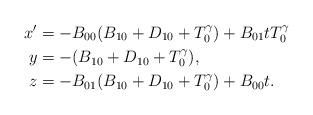
LaTeX: \begin{align*}x' &= -B_{00} (B_{10}+ D_{10} + T_0^\gamma) + B_{01} t T_0^\gamma \\y &= -(B_{10} + D_{10} + T_0^\gamma), \\z &= -B_{01}( B_{10} + D_{10}+T_0^\gamma) + B_{00} t .\end{align*}